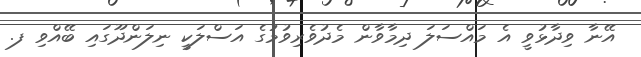
އޭނާ ވިދާޅުވީ އެ މައްސަލަ ދިމާވާން މެދުވެރިވުމުގެ އަސްލަކީ ނިލަންދޫގައި ބޭއްވި ފ.